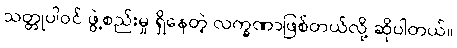
သတ္တုပါဝင် ဖွဲ့စည်းမှု ရှိနေတဲ့ လက္ခဏာဖြစ်တယ်လို့ ဆိုပါတယ်။